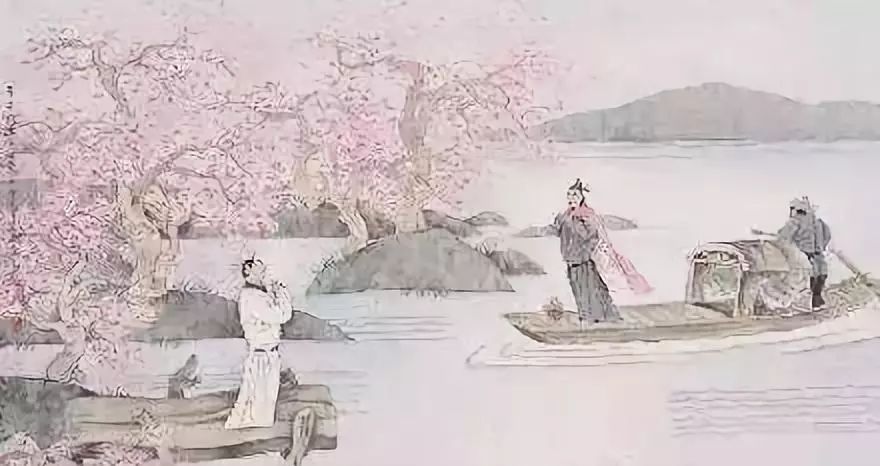
丈夫非无泪，不洒离别间。